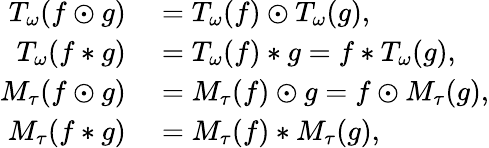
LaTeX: \begin{array}{rl}{T_{\omega}(f\odot g)}&{{}=T_{\omega}(f)\odot T_{\omega}(g),}\\ {T_{\omega}(f*g)}&{{}=T_{\omega}(f)*g=f*T_{\omega}(g),}\\ {M_{\tau}(f\odot g)}&{{}=M_{\tau}(f)\odot g=f\odot M_{\tau}(g),}\\ {M_{\tau}(f*g)}&{{}=M_{\tau}(f)*M_{\tau}(g),}\end{array}